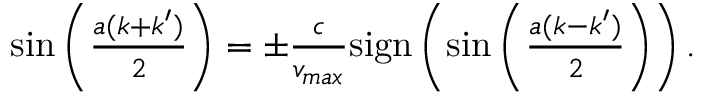
\begin{array} { r } { \sin \left( \frac { a ( k + k ^ { \prime } ) } { 2 } \right) = \pm \frac { c } { v _ { m a x } } \mathrm { s i g n } \left( \sin \left( \frac { a ( k - k ^ { \prime } ) } { 2 } \right) \right) . } \end{array}